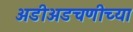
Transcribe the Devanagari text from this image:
अडीअडचणीच्या